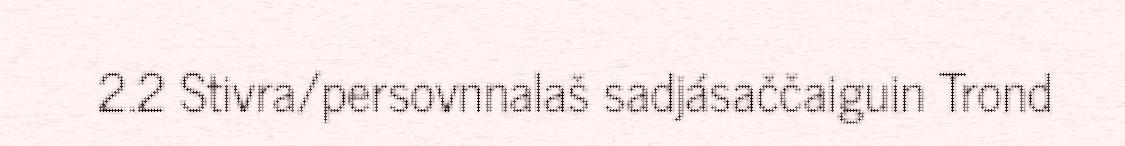
2.2 Stivra/persovnnalaš sadjásaččaiguin Trond